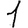
Digit: 1